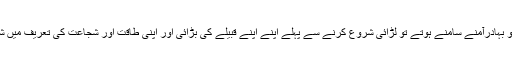
میدان میں دو بہادرآمنے سامنے ہوتے تو لڑائی شروع کرنے سے پہلے اپنے اپنے قبیلے کی بڑائی اور اپنی طاقت اور شجاعت کی تعریف میں شعر پڑھتے۔